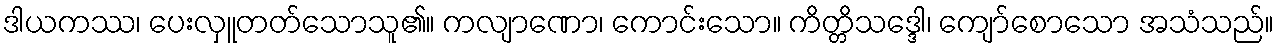
ဒါယကဿ၊ ပေးလှူတတ်သောသူ၏။ ကလျာဏော၊ ကောင်းသော။ ကိတ္တိသဒ္ဒေါ၊ ကျော်စောသော အသံသည်။